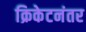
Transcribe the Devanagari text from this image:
क्रिकेटनंतर